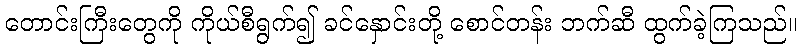
တောင်းကြီးတွေကို ကိုယ်စီရွက်၍ ခင်နှောင်းတို့ စောင်တန်း ဘက်ဆီ ထွက်ခဲ့ကြသည်။